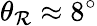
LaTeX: \theta_{\mathcal{R}}\approx8^{\circ}